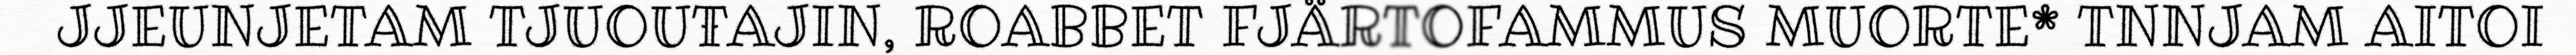
JJEUNJETAM TJUOUŦAJIN, ROABBET FJÄRTOFAMMUS MUORTE* TNNJAM AITOI